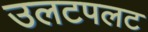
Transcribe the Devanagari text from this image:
उलटपलट